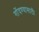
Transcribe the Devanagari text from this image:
गोंदण्यासाठी